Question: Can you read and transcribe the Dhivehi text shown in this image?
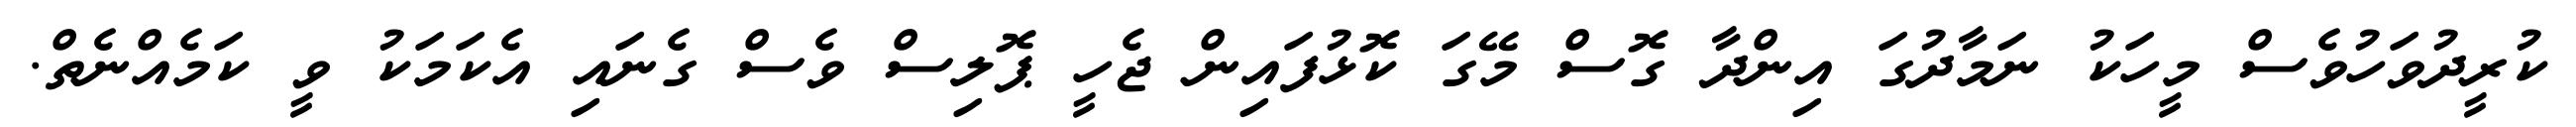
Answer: ކުރީދުވަހުވެސް މީހަކު ނަމާދުގަ އިންދާ ގޮސް މޭގަ ކޮޅުފައިން ޖެހީ ޕޮލިސް ވެސް ގެނައި އެކަމަކު ވީ ކަމެއްނެތް.